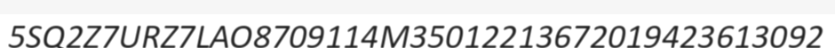
5SQ2Z7URZ7LAO8709114M35012213672019423613092